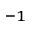
^ { - 1 }